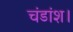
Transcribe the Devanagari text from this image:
चंडांश।